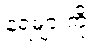
နံရံများကို